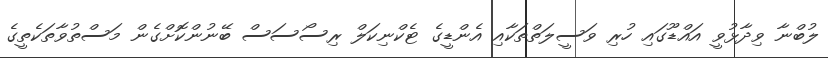
ލުބްނާ ވިދާޅުވީ އައްޑޫގައި ހުރި ވަސީލަތްތަކާއި އެންޑީގެ ޓެކްނިކަލް ރިސޯސަސް ބޭނުންކޮށްގެން މަސްތުވާތަކެތީގެ